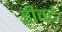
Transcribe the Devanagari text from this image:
डीवर्ट